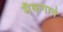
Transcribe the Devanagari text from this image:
मैकगार्वे